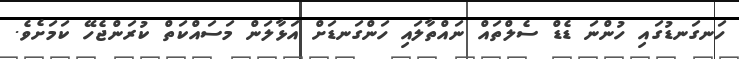
ހަނގަނޑުގައި ހުންނަ ޑެޑް ސެލްތައް ނައްތާލައި ހަންގަނޑަށް އަޅާލަން މަސައްކަތް ކުރަންޖެހޭ ކަމަށެވެ.